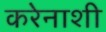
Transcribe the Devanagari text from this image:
करेेनाशी